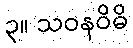
၃။ သဝနဝိဓိ